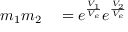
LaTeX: \begin{array} { r l } { m _ { 1 } m _ { 2 } } & { { } = e ^ { \frac { V _ { 1 } } { V _ { e } } } e ^ { \frac { V _ { 2 } } { V _ { e } } } } \end{array}